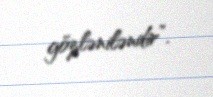
gözləniləndir”.